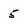
Character: 5